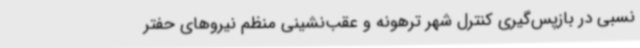
نسبی در بازپس‌گیری کنترل شهر ترهونه و عقب‌نشینی منظم نیروهای حفتر